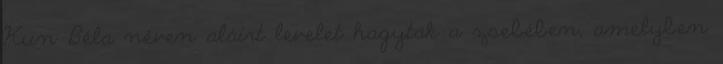
Kun Béla néven aláírt levelet hagytak a zsebében, amelyben